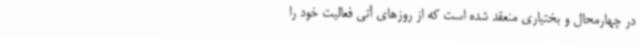
در چهارمحال و بختیاری منعقد شده است که از روزهای آتی فعالیت خود را